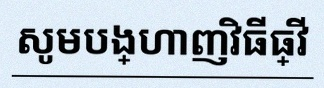
សូមបង្ហាញវិធីធ្វើ